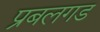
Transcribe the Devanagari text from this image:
प्रबलगड